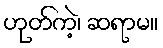
ဟုတ်ကဲ့၊ ဆရာမ။